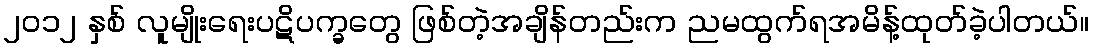
၂၀၁၂ နှစ် လူမျိုးရေးပဋိပက္ခတွေ ဖြစ်တဲ့အချိန်တည်းက ညမထွက်ရအမိန့်ထုတ်ခဲ့ပါတယ်။